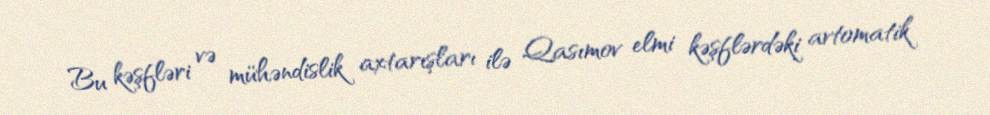
Bu kəşfləri və mühəndislik axtarışları ilə Qasımov elmi kəşflərdəki avtomatik